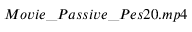
M o v i e \_ P a s s i v e \_ P e s 2 0 . m p 4